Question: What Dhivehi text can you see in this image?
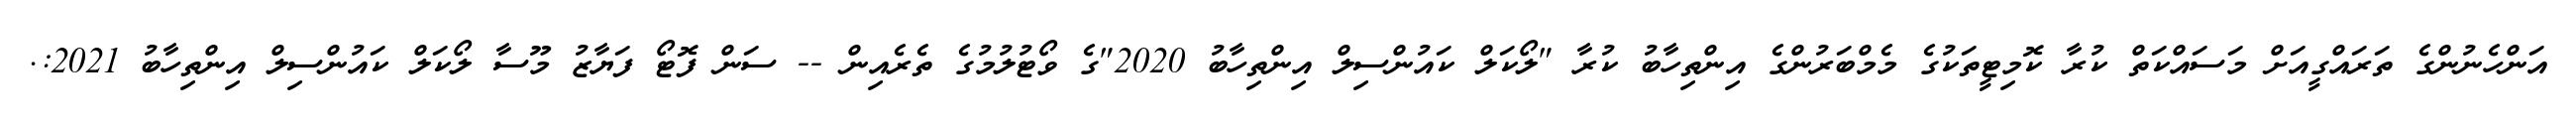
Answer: އަންހެނުންގެ ތަރައްގީއަށް މަސައްކަތް ކުރާ ކޮމިޓީތަކުގެ މެމްބަރުންގެ އިންތިހާބު ކުރާ "ލޯކަލް ކައުންސިލް އިންތިހާބު 2020"ގެ ވޯޓުލުމުގެ ތެރެއިން -- ސަން ފޮޓޯ ފަޔާޒު މޫސާ ލޯކަލް ކައުންސިލް އިންތިހާބު 2021:.